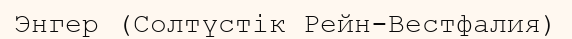
Энгер (Солтүстік Рейн-Вестфалия)